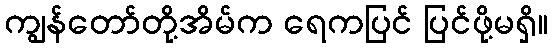
ကျွန်တော်တို့အိမ်က ရေကပြင် ပြင်ဖို့မရှိ။